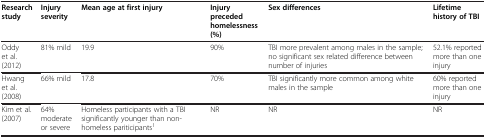
| Research study | Injury severity | Mean age at first injury | Injury preceded homelessness (%) | Sex differences | Lifetime history of TBI |
 | --- | --- | --- | --- | --- | --- |
 | Oddy et al. (2012) | 81% mild | 19.9 | 90% | TBI more prevalent among males in the sample; no significant sex related difference between number of injuries | 52.1% reported more than one injury |
 | Hwang et al. (2008) | 66% mild | 17.8 | 70% | TBI significantly more common among white males in the sample | 60% reported more than one injury |
 | Kim et al. (2007) | 64% moderate or severe | Homeless participants with a TBI significantly younger than non-homeless pariticipants1 | NR | NR | NR |